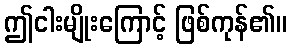
ဤငါးမျိုးကြောင့် ဖြစ်ကုန်၏။